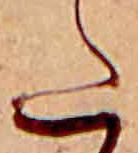
た